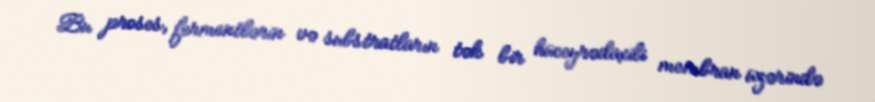
Bu proses, fermentlərin və substratların tək bir hüceyrədaxili membran üzərində